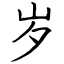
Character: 岁